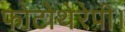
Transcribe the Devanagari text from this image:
फोटोथेरेपी।